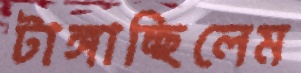
টাঙ্গাচ্ছিলেম